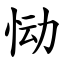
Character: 恸